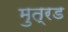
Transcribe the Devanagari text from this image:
मुत्रड